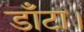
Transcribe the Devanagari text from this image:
डाँटा।